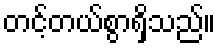
တင့်တယ်စွာရှိသည်။